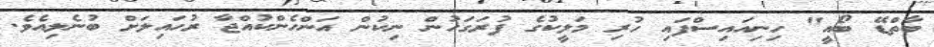
ބާތްޑޭ ބޯއީ" ހިނިއައިސްފައި ހުރި މަލީކުގެ ފުރަގަހުން ނިކުން އަންހެންކުއްޖާ ރުހައިލަށް ބުނެލިއެވެ.